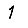
Digit: 1